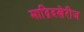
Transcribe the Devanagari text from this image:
माद्रिदखेरीज